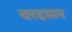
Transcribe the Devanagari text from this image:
वरदमान